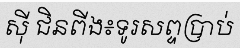
ស៊ី ជិនពីង៖ទូរសព្ទប្រាប់